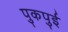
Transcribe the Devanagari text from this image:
पुकपुई